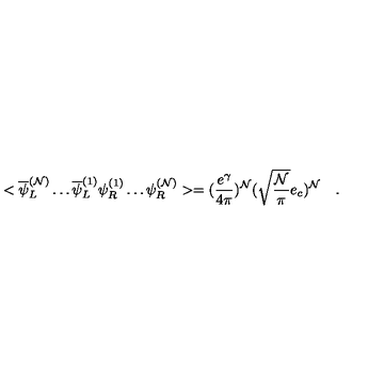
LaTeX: < \overline { { \psi } } _ { L } ^ { ( { \cal N } ) } \ldots \overline { { \psi } } _ { L } ^ { ( 1 ) } \psi _ { R } ^ { ( 1 ) } \ldots \psi _ { R } ^ { ( { \cal N } ) } > = ( \frac { e ^ { \gamma } } { 4 \pi } ) ^ { \cal N } ( \sqrt { \frac { \cal N } { \pi } } e _ { c } ) ^ { \cal N } \quad .